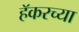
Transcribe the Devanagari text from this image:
हॅकरच्या